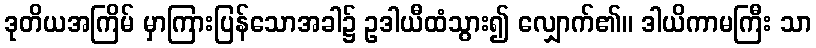
ဒုတိယအကြိမ် မှာကြားပြန်သောအခါ၌ ဥဒါယီထံသွား၍ လျှောက်၏။ ဒါယိကာမကြီး သာ